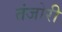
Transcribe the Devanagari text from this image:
तंजोरी